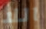
اللا